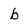
Character: b